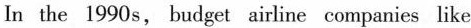
In the 1990 s, budget airline companies like